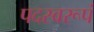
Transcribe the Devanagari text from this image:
पदस्वरूपं